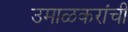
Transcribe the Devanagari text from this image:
उमाळकरांची